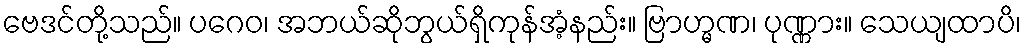
ဗေဒင်တို့သည်။ ပဂေဝ၊ အဘယ်ဆိုဘွယ်ရှိကုန်အံ့နည်း။ ဗြာဟ္မဏ၊ ပုဏ္ဏား။ သေယျထာပိ၊